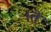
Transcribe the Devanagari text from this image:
।ते